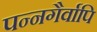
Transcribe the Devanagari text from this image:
पन्नगैर्वापि